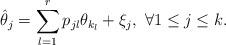
LaTeX: \begin{align*}\hat{\theta}_{j}=\sum_{l=1}^{r}p_{jl}\theta_{k_l}+\xi_{j},\ \forall 1\leq j\leq k.\end{align*}